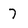
Character: 7